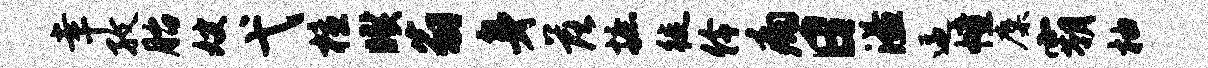
幸孜胎嫂弋檀暌翁身落摭徙伶痛日溢逼幢麋霸柚